Leaving Certificate Examination, 1908
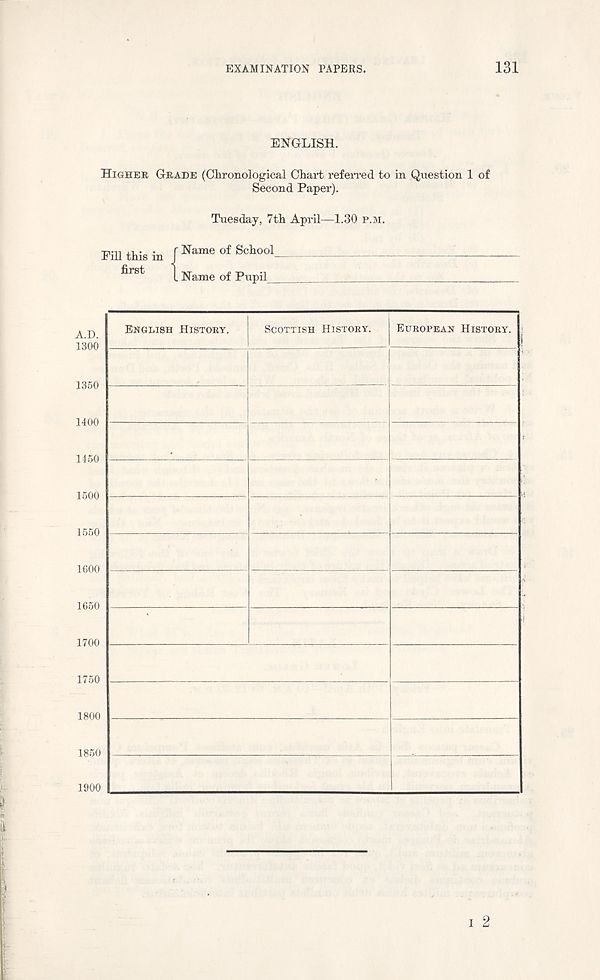
EXAMINATION PAPERS.
131
ENGLISH.
HIGHER GRADE (Chronological Chart referred to in Question 1 of
Second Paper).
Tuesday, 7th April—1.30 P.M.